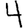
Digit: 4